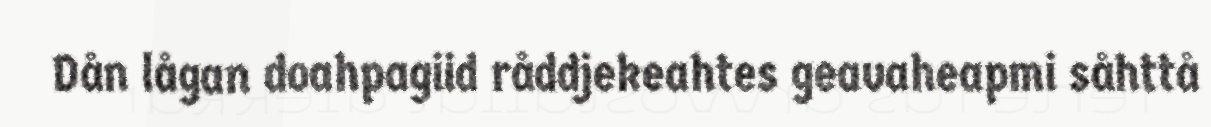
Dån lågan doahpagiid råddjekeahtes geavaheapmi såhttå